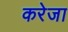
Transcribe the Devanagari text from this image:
करेजा